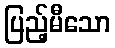
ပြည့်မီသော